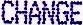
CHANGE